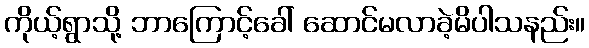
ကိုယ့်ရွာသို့ ဘာကြောင့်ခေါ် ဆောင်မလာခဲ့မိပါသနည်း။